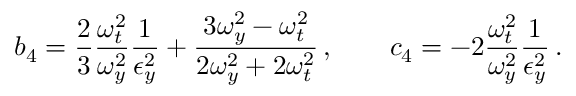
b _ { 4 } = \frac { 2 } { 3 } \frac { \omega _ { t } ^ { 2 } } { \omega _ { y } ^ { 2 } } \frac { 1 } { \epsilon _ { y } ^ { 2 } } + \frac { 3 \omega _ { y } ^ { 2 } - \omega _ { t } ^ { 2 } } { 2 \omega _ { y } ^ { 2 } + 2 \omega _ { t } ^ { 2 } } \, , \qquad c _ { 4 } = - 2 \frac { \omega _ { t } ^ { 2 } } { \omega _ { y } ^ { 2 } } \frac { 1 } { \epsilon _ { y } ^ { 2 } } \, .